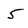
Character: 5